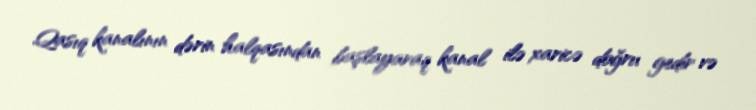
Qasıq kanalının dərin halqasından başlayaraq kanal ilə xaricə doğru gedir və